Reports on military cantonments and civil stations in the Presidency of Bombay inspected by the Sanitary Commissioner in the years 1875 and 1876
Year: 1875
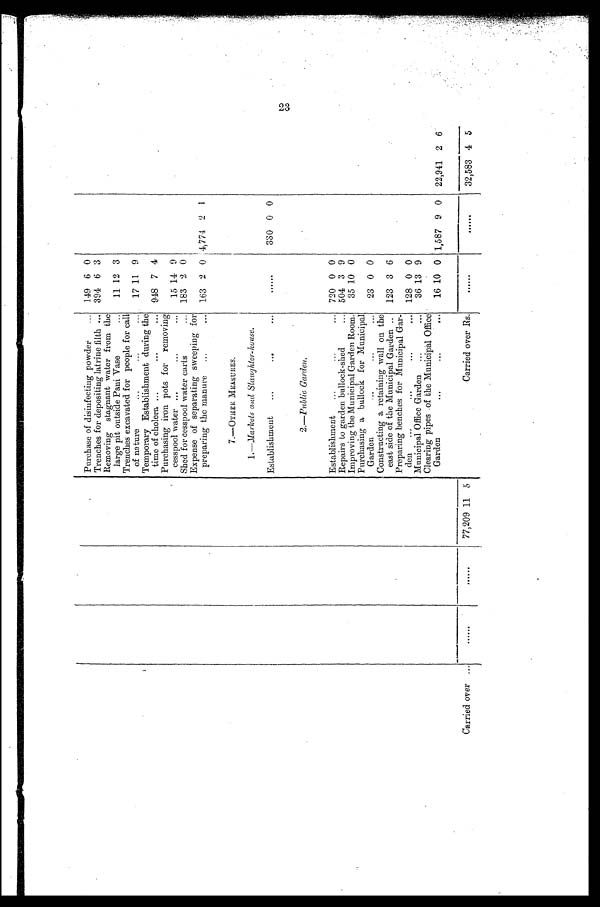
Purchase of disinfecting powder
... 149 6 0
Trenches for depositing latrine filth ... 394 6 3
Removing stagnant water from the
large pit outside Pani Vase
...
11 12 3
Trenches excavated for people for call
of nature
...
...
...
17 11 9
Temporary Establishment during the
time of cholera ...
...
... 948 7 4
Purchasing iron pots for removing
cesspool water ...
...
...
15 14 9
Shed for cesspool water carts
... 183 2 0
Expense of separating sweeping for
preparing the manure ...
... 163 2 0 4,774 2 1
7.—OTHER MEASURES.
1.—Markets and Slaughter-house.
Establishment
...
...
. . .
. . . . . .
330 0 0
2.—Public Garden.
Establishment
...
...
... 720 0 0
Repairs to garden bullock-shed
... 504 3 9
Improving the Municipal Garden Room.
35 10 0
Purchasing a bullock for Municipal
Garden
...
...
...
23 0 0
Constructing a retaining wall on the
east side of the Municipal Garden ... 123 3 6
Preparing benches for Municipal Gar-
den ...
...
...
... 128 0 0
Municipal Office Garden ...
...
36 13 9
Clearing pipes of the Municipal Office
Garden
...
...
...
16 10 0 1,587 9 0 22,941 2 6
Carried over ...
77,209 11 5
Carried over Rs.
......
. . . . . . 32,583 4 5
23